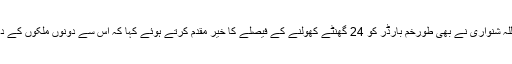
خیبر پختونخوا کے صنعت کے ادارے کے سابق صدر زاہداللہ شنواری نے بھی طورخم بارڈر کو 24 گھنٹے کھولنے کے فیصلے کا خیر مقدم کرتے ہوئے کہا کہ اس سے دونوں ملکوں کے درمیان دو طرفہ تجارت بڑھے گی اور تعلقات بہتر ہوں گے۔